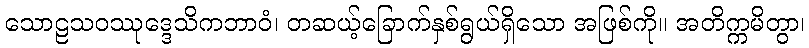
သောဠသဝဿုဒ္ဒေသိကဘာဝံ၊ တဆယ့်ခြောက်နှစ်ရွယ်ရှိသော အဖြစ်ကို။ အတိက္ကမိတွာ၊